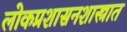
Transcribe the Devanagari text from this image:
लोकप्रशासनशास्त्रात